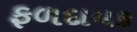
ફળદાયક